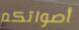
أصواتكم